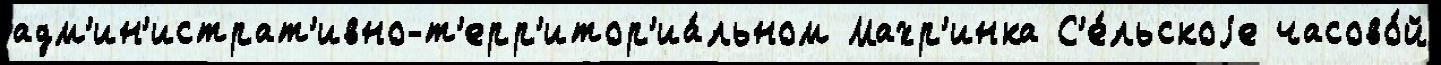
адм'ин'истрат'ивно-т'ерр'итор'иа́льном Махр'инка С'е́льскоjе часово́й